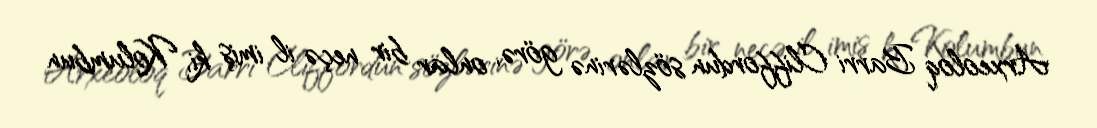
Arxeoloq Barri Cliffordun sözlərinə görə, onlar bir neçə il imiş ki, Kolumbun